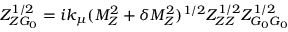
Z _ { Z G _ { 0 } } ^ { 1 / 2 } = i k _ { \mu } ( M _ { Z } ^ { 2 } + \delta M _ { Z } ^ { 2 } ) ^ { 1 / 2 } Z _ { Z Z } ^ { 1 / 2 } Z _ { G _ { 0 } G _ { 0 } } ^ { 1 / 2 }